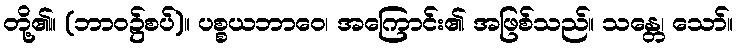
တို့၏။ (ဘာဝ၌စပ်)။ ပစ္စယဘာဝေ၊ အကြောင်း၏ အဖြစ်သည်။ သန္တေ၊ သော်။